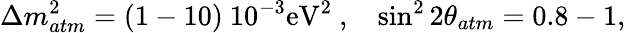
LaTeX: \Delta m_{atm}^{2}=(1-10)~10^{-3}\mathrm{eV}^{2}~,~~~\sin^{2}2\theta_{atm}=0.8-1,